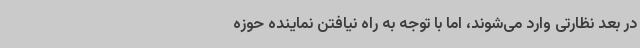
در بعد نظارتی وارد می‌شوند، اما با توجه به راه نیافتن نماینده حوزه